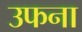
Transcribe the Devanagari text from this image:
उफना